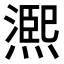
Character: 𤏁